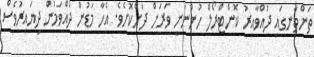
ތަންތާނގައި ދުއްވާއިރު ކޮންޓްރޯލް ހުންނަނީ ވަރަށް ދަށްކޮށެވެ. އެހާ މަޑުން ދުއްވަމުން ދިޔައިރުވެސް